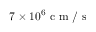
7 \times 1 0 ^ { 6 } \mathrm { ~ c ~ m ~ / ~ s ~ }